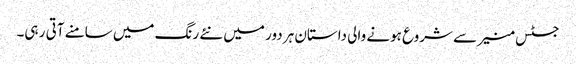
جسٹس منیر سے شروع ہونے والی داستان ہر دور میں نئے رنگ میں سامنے آتی ر ہی۔